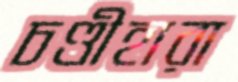
চণ্ডীহারা